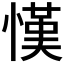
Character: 𢠦